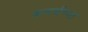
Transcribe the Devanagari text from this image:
कलर्सच्या